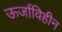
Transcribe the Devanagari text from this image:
ऊर्जाविहीन